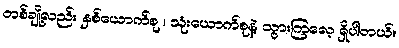
တစ်ချို့လည်း နှစ်ယောက်စု ၊ သုံးယောက်စုနဲ့ သွားကြလေ့ ရှိပါတယ်။